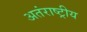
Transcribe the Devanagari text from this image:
अतंराष्ट्रीय